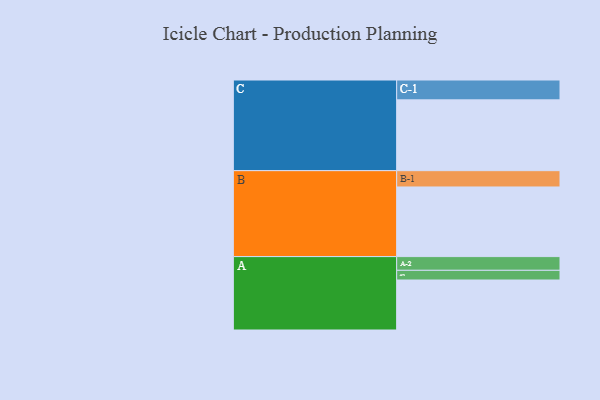
{"axis": {"x": "Segment", "y": "Value"}, "legend": ["", "A", "B", "C"], "data": [{"x": "A", "y": 423, "type": ""}, {"x": "B", "y": 589, "type": ""}, {"x": "C", "y": 599, "type": ""}, {"x": "A-1", "y": 82, "type": "A"}, {"x": "A-2", "y": 116, "type": "A"}, {"x": "B-1", "y": 138, "type": "B"}, {"x": "C-1", "y": 168, "type": "C"}]}